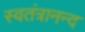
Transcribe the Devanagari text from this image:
स्वतंत्रानन्द